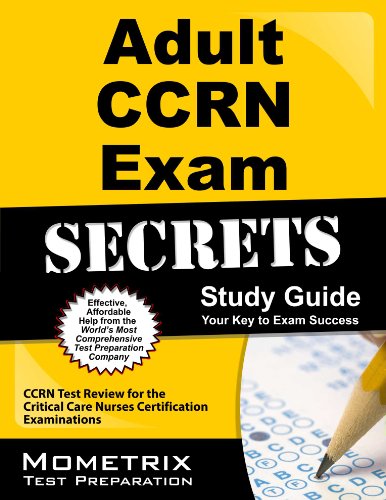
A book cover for Adult CCRN Exam Secrets Study Guide: CCRN Test Review for the Critical Care Nurses Certification Examinations; CCRN Exam Secrets Test Prep Team; Medical Books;